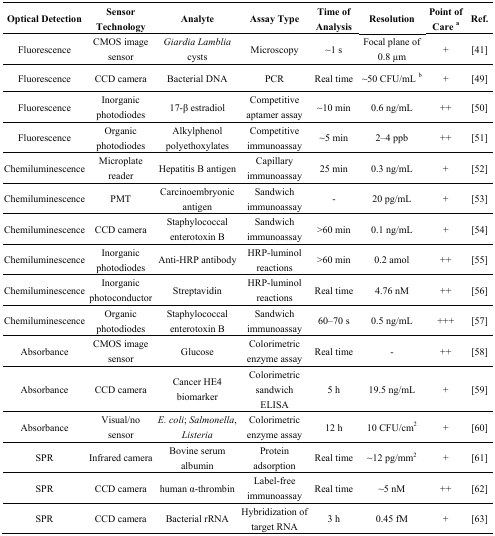
| Optical Detection | Sensor Technology | Analyte | Assay Type | Time of Analysis | Resolution | Point of Carea | Ref. |
 | --- | --- | --- | --- | --- | --- | --- | --- |
 | Fluorescence | CMOS image sensor | Giardia Lamblia cysts | Microscopy | ∼1 s | Focal plane of 0.8 μm | + | [41] |
 | Fluorescence | CCD camera | Bacterial DNA | PCR | Real time | ∼50 CFU/mL b | + | [49] |
 | Fluorescence | Inorganic photodiodes | 17-β estradiol | Competitive aptamer assay | ∼10 min | 0.6 ng/mL | ++ | [50] |
 | Fluorescence | Organic photodiodes | Alkylphenol polyethoxylates | Competitive immunoassay | ∼5 min | 2–4 ppb | ++ | [51] |
 | Chemiluminescence | Microplate reader | Hepatitis B antigen | Capillary immunoassay | 25 min | 0.3 ng/mL | + | [52] |
 | Chemiluminescence | PMT | Carcinoembryonic antigen | Sandwich immunoassay | - | 20 pg/mL | + | [53] |
 | Chemiluminescence | CCD camera | Staphylococcal enterotoxin B | Sandwich immunoassay | >60 min | 0.1 ng/mL | + | [54] |
 | Chemiluminescence | Inorganic photodiodes | Anti-HRP antibody | HRP-luminol reactions | >60 min | 0.2 amol | ++ | [55] |
 | Chemiluminescence | Inorganic photoconductor | Streptavidin | HRP-luminol reactions | Real time | 4.76 nM | ++ | [56] |
 | Chemiluminescence | Organic photodiodes | Staphylococcal enterotoxin B | Sandwich immunoassay | 60–70 s | 0.5 ng/mL | +++ | [57] |
 | Absorbance | CMOS image sensor | Glucose | Colorimetric enzyme assay | Real time | - | ++ | [58] |
 | Absorbance | CCD camera | Cancer HE4 biomarker | Colorimetric sandwich ELISA | 5 h | 19.5 ng/mL | + | [59] |
 | Absorbance | Visual/no sensor | E. coli; Salmonella, Listeria | Colorimetric enzyme assay | 12 h | 10 CFU/cm2 | + | [60] |
 | SPR | Infrared camera | Bovine serum albumin | Protein adsorption | Real time | ∼12 pg/mm2 | + | [61] |
 | SPR | CCD camera | human α-thrombin | Label-free immunoassay | Real time | ∼5 nM | ++ | [62] |
 | SPR | CCD camera | Bacterial rRNA | Hybridization of target RNA | 3 h | 0.45 fM | + | [63] |